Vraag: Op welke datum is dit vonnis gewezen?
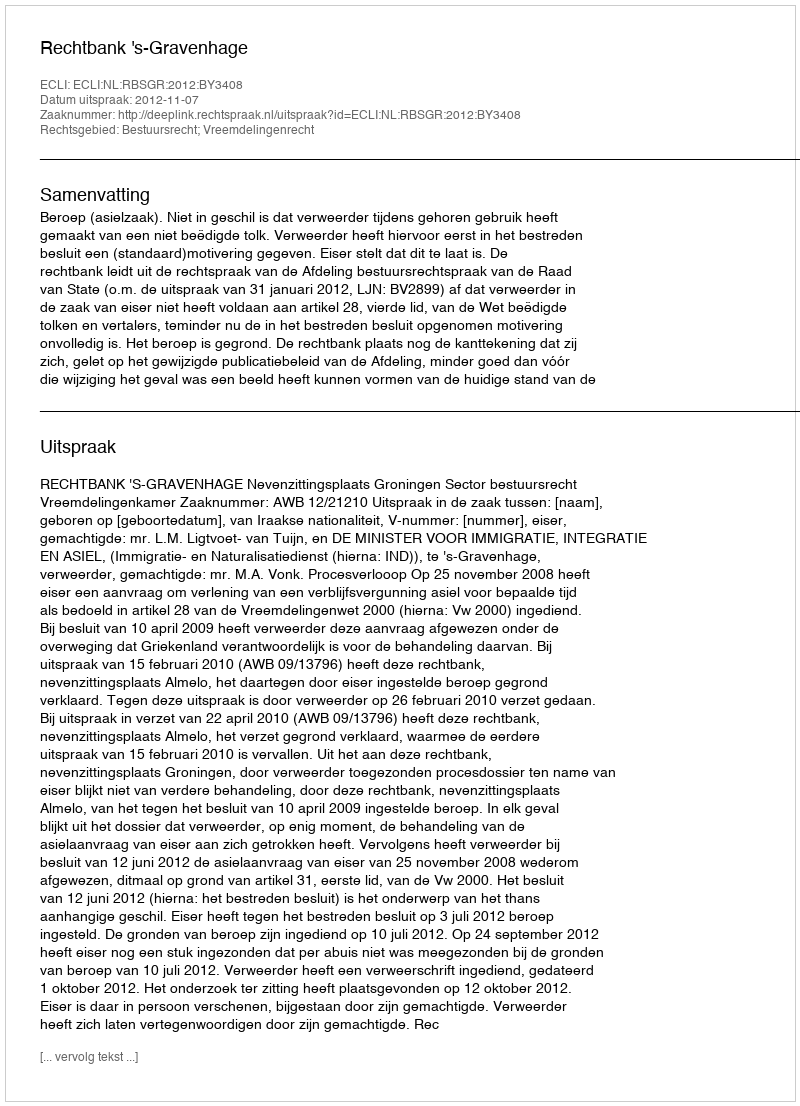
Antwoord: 2012-11-07